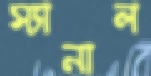
স্যানাল